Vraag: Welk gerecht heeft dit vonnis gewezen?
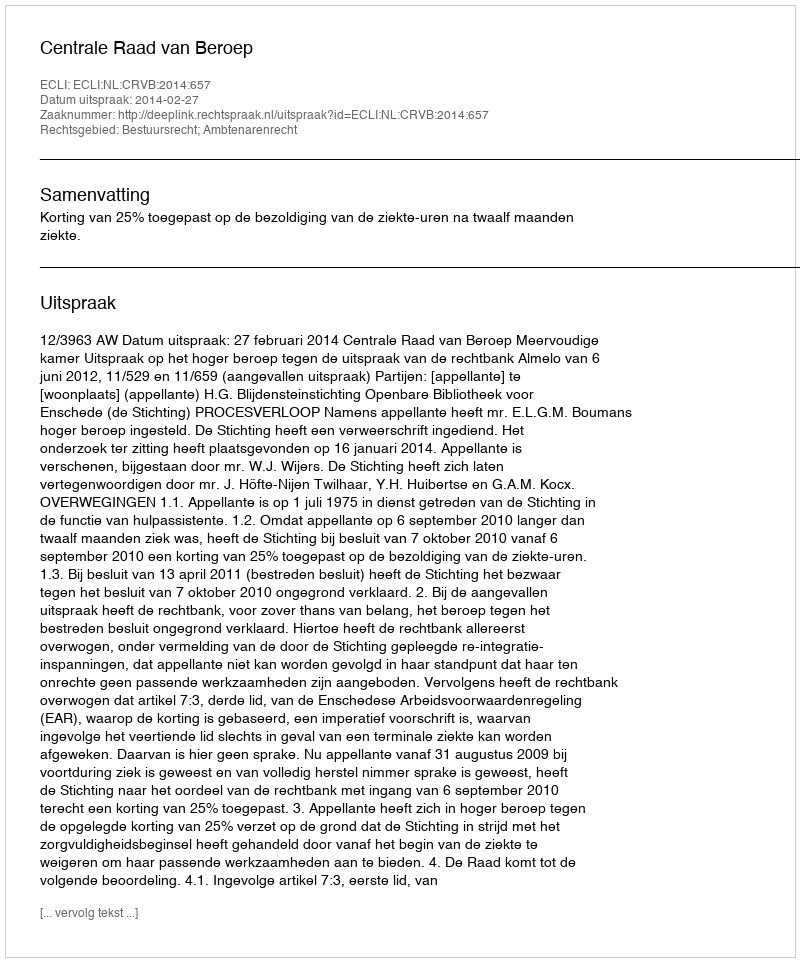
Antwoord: Centrale Raad van Beroep